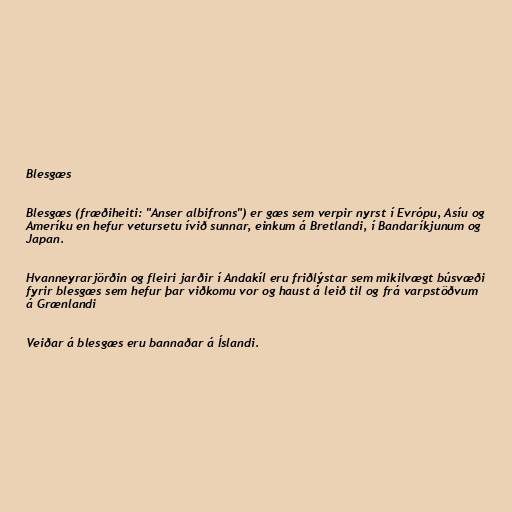
Blesgæs

Blesgæs (fræðiheiti: "Anser albifrons") er gæs sem verpir nyrst í Evrópu, Asíu og
Ameríku en hefur vetursetu ívið sunnar, einkum á Bretlandi, í Bandaríkjunum og
Japan.

Hvanneyrarjörðin og fleiri jarðir í Andakíl eru friðlýstar sem mikilvægt búsvæði
fyrir blesgæs sem hefur þar viðkomu vor og haust á leið til og frá varpstöðvum
á Grænlandi

Veiðar á blesgæs eru bannaðar á Íslandi.